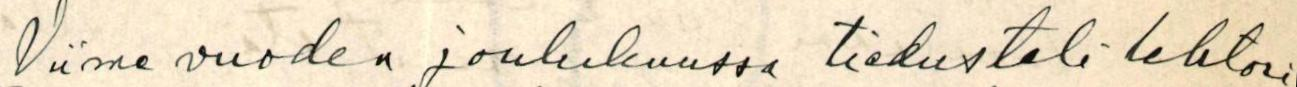
Viime vuoden joulukuussa tiedusteli lehtori